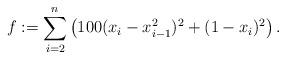
LaTeX: \begin{align*}f:= \sum_{i = 2}^n\left(100(x_i-x_{i-1}^2)^2+(1-x_i)^2\right).\end{align*}